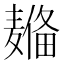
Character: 𱋦